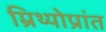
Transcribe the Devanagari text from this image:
म्रिथ्योप्रांत